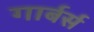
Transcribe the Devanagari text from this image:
गार्बर्स